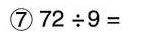
⑦72\div9=